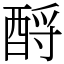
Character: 酹